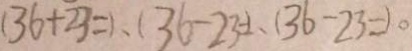
( 3 6 + 2 3 = ) 、 ( 3 6 - 2 3 = ) 、 ( 3 6 - 2 3 = ) 。